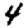
Digit: 4